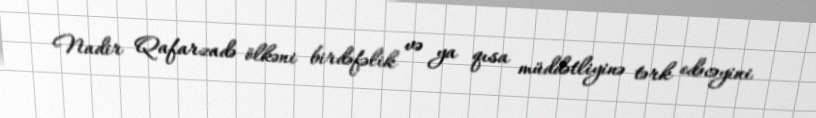
Nadir Qafarzadə ölkəni birdəfəlik və ya qısa müddətliyinə tərk edəcəyini